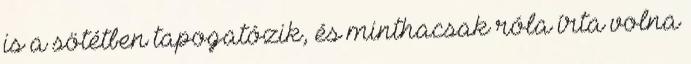
is a sötétben tapogatózik, és minthacsak róla írta volna